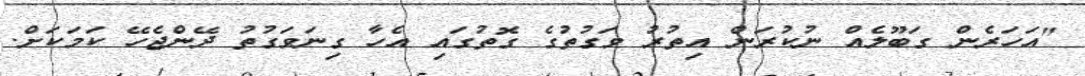
"އަހަރެން ގަބޫލެއް ނުކުރަން އިތުރު ވަގުތުގެ ގޮތުގައި އެހާ ގިނަވަގުތު ދޭންޖެހޭ ކަމަކަށް.